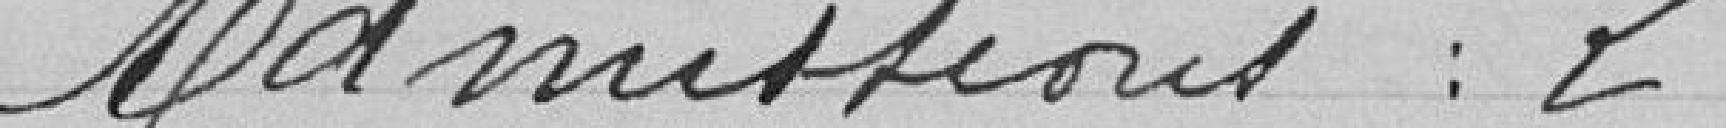
Admissions : 2